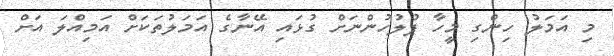
މި އަމަލު ހިންގި މީހާ ފުލުހުންނަށް ގުޅައި އޭނާގެ އަމަލުތަކަށް އަމިއްލަ އަށް